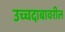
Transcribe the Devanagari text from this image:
उच्चदाबावरील